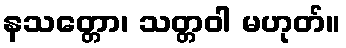
နသတ္တော၊ သတ္တဝါ မဟုတ်။